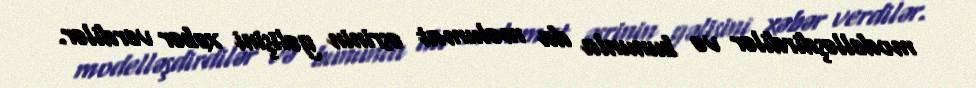
modelləşdirdilər və bununla da məlumat əsrinin gəlişini xəbər verdilər.